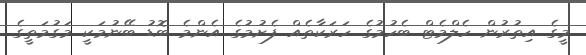
މީގެ އިތުރުން ހެލްމެޓް ބެހުމުގެ ހަރަކާތެއް ފެށުމުގެ އެންމެ ބޮޑު ބޭނުމަކީ މަގުމަތީގެ